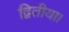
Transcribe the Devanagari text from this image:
द्वितीया।